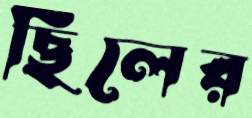
ছিলের